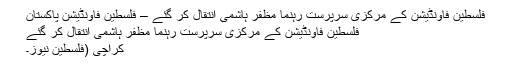
فلسطین فاونڈیشن کے مرکزی سرپرست رہنما مظفر ہاشمی انتقال کر گئے – فلسطین فاؤنڈیشن پاکستان
فلسطین فاونڈیشن کے مرکزی سرپرست رہنما مظفر ہاشمی انتقال کر گئے
کراچی (فلسطین نیوز۔